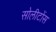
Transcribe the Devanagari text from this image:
सोलीटोंस